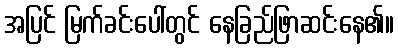
အပြင် မြက်ခင်းပေါ်တွင် နေခြည်ဖြာဆင်းနေ၏။